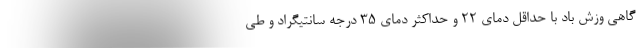
گاهی وزش باد با حداقل دمای ۲۲ و حداکثر دمای ۳۵ درجه سانتیگراد و طی